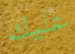
عليك